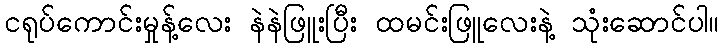
ငရုပ်ကောင်းမှုန့်လေး နဲနဲဖြူးပြီး ထမင်းဖြူလေးနဲ့ သုံးဆောင်ပါ။